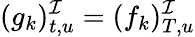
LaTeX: (g_{k})_{t,u}^{\mathcal{I}}=(f_{k})_{T,u}^{\mathcal{I}}